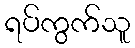
ရပ်ကွက်သူ